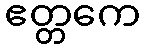
ဧတ္တကေ